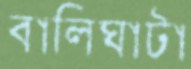
বালিঘাটা